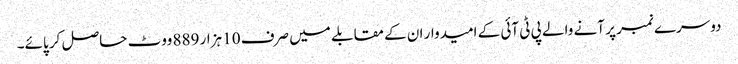
دوسرے نمبر پر آنے والے پی ٹی آئی کے امیدوار ان کے مقابلے میں صرف 10 ہزار 889 ووٹ حاصل کر پائے۔